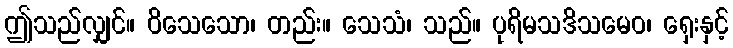
ဤသည်လျှင်။ ဝိသေသော၊ တည်း။ သေသံ၊ သည်။ ပုရိမသဒိသမေဝ၊ ရှေးနှင့်